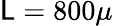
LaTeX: \mathsf{L}=800\mu